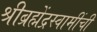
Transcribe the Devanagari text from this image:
श्रीब्रह्मेंद्रस्वामींची